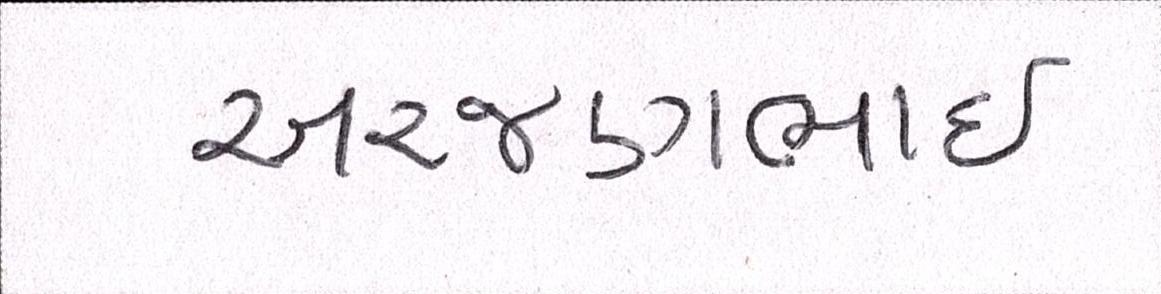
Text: અરજણભાઇ